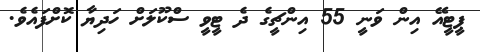
ޕީޓީއޭ އިން ވަނީ 55 އިންޗީގެ ދެ ޓީވީ ސްކޫލަށް ހަދިޔާ ކޮށްފައެވެ.